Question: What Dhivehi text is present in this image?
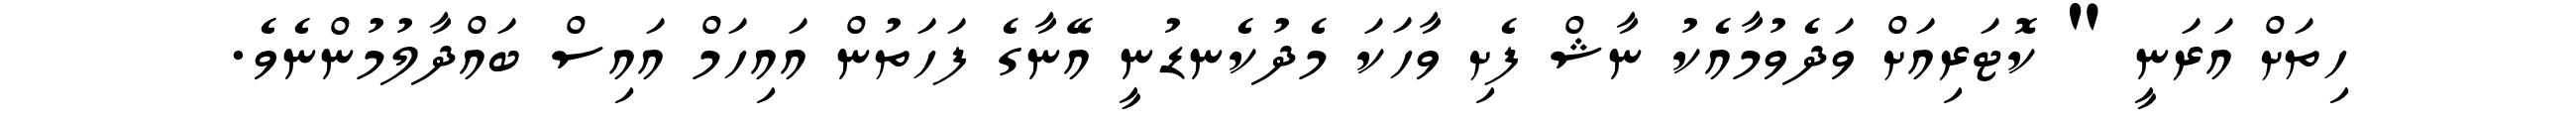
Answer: ހިތަށް އަރަނީ " ކޮޓަރިއަށް ވަދެވުމާއެކު ނާޝް ފެށި ވާހަކަ މެދުކެނޑުނީ އޭނާގެ ފަހަތުން އައިހަމް އައިސް ބައްދާލުމުންނެވެ.